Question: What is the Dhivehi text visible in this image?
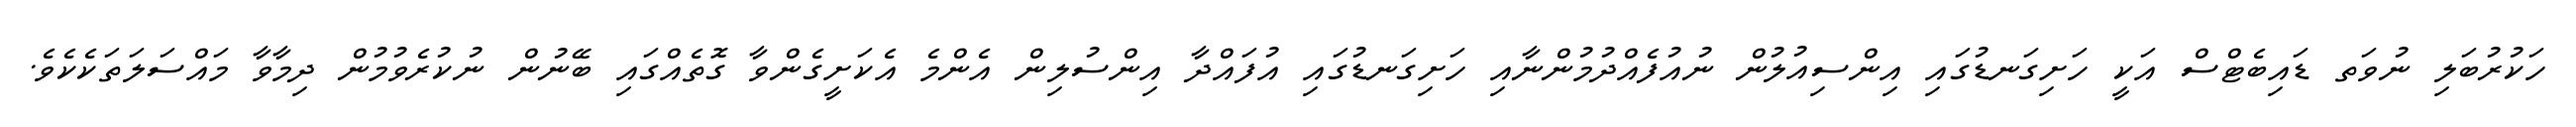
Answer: ހަކުރުބަލި ނުވަތ ޑައިބެޓްސް އަކީ ހަށިގަނޑުގައި އިންސިއުލުން ނުއުފެއްދުމުންނާއި ހަށިގަނޑުގައި އުފައްދާ އިންސުލިން އެންމެ އެކަށީގެންވާ ގޮތެއްގައި ބޭނުން ނުކުރެވުމުން ދިމާވާ މައްސަލަތަކެކެވެ.